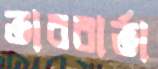
তারবার্তা